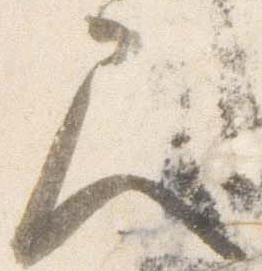
尺